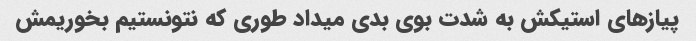
پیازهای استیکش به شدت بوی بدی میداد طوری که نتونستیم بخوریمش